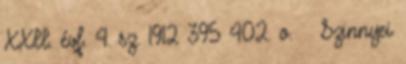
XXII. évf. 4. sz. 1912 395–402. o. ↑ Szinnyei